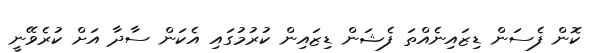
ކޮން ފެސަން ޑިޒައިނެއްތަ ފެޝަން ޑިޒައިން ކުރުމުގައި އެކަން ސާދާ އަށް ކުރެވޭނީ